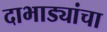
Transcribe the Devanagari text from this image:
दाभाड्यांचा